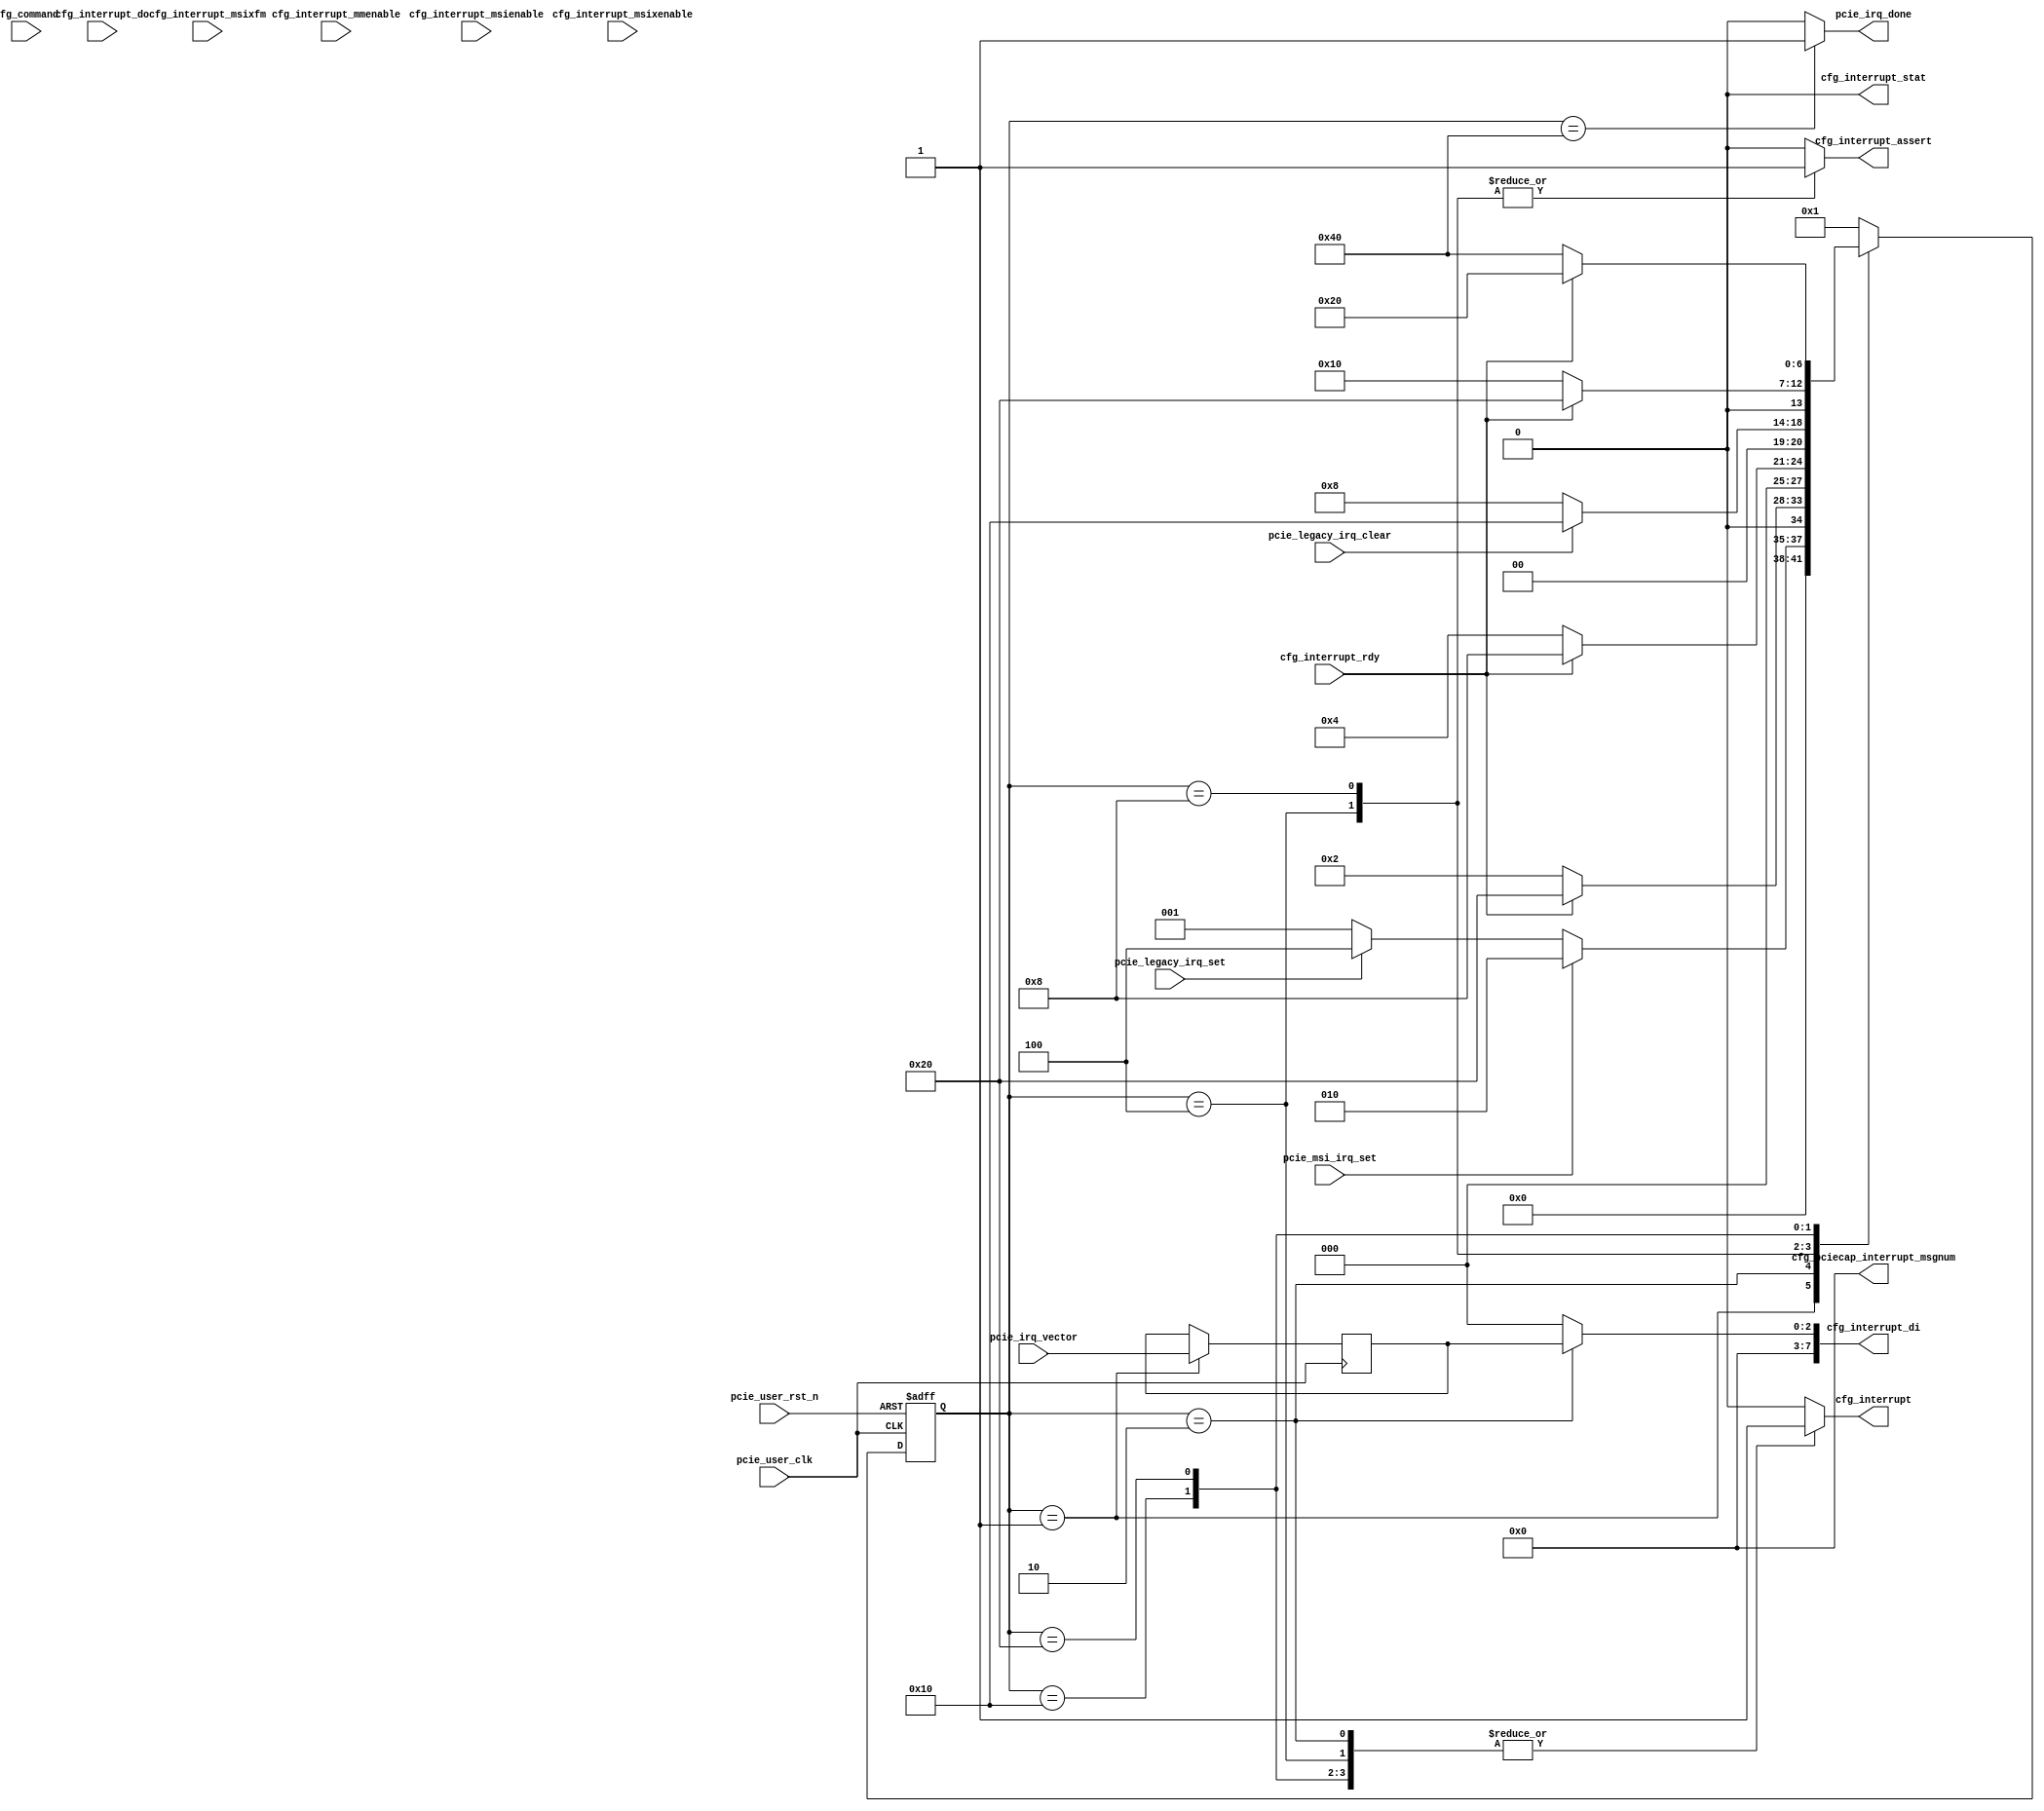

/*
----------------------------------------------------------------------------------
Copyright (c) 2013-2014

  Embedded and Network Computing Lab.
  Open SSD Project
  Hanyang University

All rights reserved.

----------------------------------------------------------------------------------

Redistribution and use in source and binary forms, with or without
modification, are permitted provided that the following conditions are
met:

  1. Redistributions of source code must retain the above copyright
     notice, this list of conditions and the following disclaimer.

  2. Redistributions in binary form must reproduce the above copyright
     notice, this list of conditions and the following disclaimer in the
     documentation and/or other materials provided with the distribution.

  3. All advertising materials mentioning features or use of this source code
     must display the following acknowledgement:
     This product includes source code developed 
     by the Embedded and Network Computing Lab. and the Open SSD Project.

THIS SOFTWARE IS PROVIDED BY THE COPYRIGHT HOLDERS AND CONTRIBUTORS "AS IS" AND
ANY EXPRESS OR IMPLIED WARRANTIES, INCLUDING, BUT NOT LIMITED TO, THE IMPLIED
WARRANTIES OF MERCHANTABILITY AND FITNESS FOR A PARTICULAR PURPOSE ARE
DISCLAIMED. IN NO EVENT SHALL THE COPYRIGHT OWNER OR CONTRIBUTORS BE LIABLE FOR
ANY DIRECT, INDIRECT, INCIDENTAL, SPECIAL, EXEMPLARY, OR CONSEQUENTIAL DAMAGES
(INCLUDING, BUT NOT LIMITED TO, PROCUREMENT OF SUBSTITUTE GOODS OR SERVICES;
LOSS OF USE, DATA, OR PROFITS; OR BUSINESS INTERRUPTION) HOWEVER CAUSED AND
ON ANY THEORY OF LIABILITY, WHETHER IN CONTRACT, STRICT LIABILITY, OR TORT
(INCLUDING NEGLIGENCE OR OTHERWISE) ARISING IN ANY WAY OUT OF THE USE OF THIS
SOFTWARE, EVEN IF ADVISED OF THE POSSIBILITY OF SUCH DAMAGE.

----------------------------------------------------------------------------------

http://enclab.hanyang.ac.kr/
http://www.openssd-project.org/
http://www.hanyang.ac.kr/

----------------------------------------------------------------------------------
*/


`timescale 1ns / 1ps

module pcie_irq_gen # (
	parameter	C_PCIE_DATA_WIDTH			= 128,
	parameter	C_PCIE_ADDR_WIDTH			= 36
)
(
	input									pcie_user_clk,
	input									pcie_user_rst_n,

	input	[15:0]							cfg_command,
	output									cfg_interrupt,
	input									cfg_interrupt_rdy,
	output									cfg_interrupt_assert,
	output	[7:0]							cfg_interrupt_di,
	input	[7:0]							cfg_interrupt_do,
	input	[2:0]							cfg_interrupt_mmenable,
	input									cfg_interrupt_msienable,
	input									cfg_interrupt_msixenable,
	input									cfg_interrupt_msixfm,
	output									cfg_interrupt_stat,
	output	[4:0]							cfg_pciecap_interrupt_msgnum,

	input									pcie_legacy_irq_set,
	input									pcie_msi_irq_set,
	input	[2:0]							pcie_irq_vector,
	input									pcie_legacy_irq_clear,
	output									pcie_irq_done
);

localparam	S_IDLE							= 7'b0000001;
localparam	S_SEND_MSI						= 7'b0000010;
localparam	S_LEGACY_ASSERT					= 7'b0000100;
localparam	S_LEGACY_ASSERT_HOLD			= 7'b0001000;
localparam	S_LEGACY_DEASSERT				= 7'b0010000;
localparam	S_WAIT_RDY_N					= 7'b0100000;
localparam	S_IRQ_DONE						= 7'b1000000;



reg		[6:0]								cur_state;
reg		[6:0]								next_state;

reg											r_cfg_interrupt;
reg											r_cfg_interrupt_assert;
reg		[7:0]								r_cfg_interrupt_di;

reg		[2:0]								r_pcie_irq_vector;
reg											r_pcie_irq_done;

assign cfg_interrupt = r_cfg_interrupt;
assign cfg_interrupt_assert = r_cfg_interrupt_assert;
assign cfg_interrupt_di = r_cfg_interrupt_di;

assign cfg_interrupt_stat = 1'b0;
assign cfg_pciecap_interrupt_msgnum = 5'b0;

assign pcie_irq_done = r_pcie_irq_done;

always @ (posedge pcie_user_clk or negedge pcie_user_rst_n)
begin
	if(pcie_user_rst_n == 0)
		cur_state <= S_IDLE;
	else
		cur_state <= next_state;
end

always @ (*)
begin
	case(cur_state)
		S_IDLE: begin
			if(pcie_msi_irq_set == 1)
				next_state <= S_SEND_MSI;
			else if(pcie_legacy_irq_set == 1)
				next_state <= S_LEGACY_ASSERT;
			else
				next_state <= S_IDLE;
		end
		S_SEND_MSI: begin
			if(cfg_interrupt_rdy == 1)
				next_state <= S_WAIT_RDY_N;
			else
				next_state <= S_SEND_MSI;
		end
		S_LEGACY_ASSERT: begin
			if(cfg_interrupt_rdy == 1)
				next_state <= S_LEGACY_ASSERT_HOLD;
			else
				next_state <= S_LEGACY_ASSERT;
		end
		S_LEGACY_ASSERT_HOLD: begin
			if(pcie_legacy_irq_clear == 1)
				next_state <= S_LEGACY_DEASSERT;
			else
				next_state <= S_LEGACY_ASSERT_HOLD;
		end
		S_LEGACY_DEASSERT: begin
			if(cfg_interrupt_rdy == 1)
				next_state <= S_WAIT_RDY_N;
			else
				next_state <= S_LEGACY_DEASSERT;
		end
		S_WAIT_RDY_N: begin
			if(cfg_interrupt_rdy == 0)
				next_state <= S_IRQ_DONE;
			else
				next_state <= S_WAIT_RDY_N;
		end
		S_IRQ_DONE: begin
			next_state <= S_IDLE;
		end
		default: begin
			next_state <= S_IDLE;
		end
	endcase
end


always @ (posedge pcie_user_clk)
begin
	case(cur_state)
		S_IDLE: begin
			r_pcie_irq_vector <= pcie_irq_vector;
		end
		S_SEND_MSI: begin

		end
		S_LEGACY_ASSERT: begin

		end
		S_LEGACY_ASSERT_HOLD: begin

		end
		S_LEGACY_DEASSERT: begin

		end
		S_WAIT_RDY_N: begin

		end
		S_IRQ_DONE: begin

		end
		default: begin

		end
	endcase
end

always @ (*)
begin
	case(cur_state)
		S_IDLE: begin
			r_cfg_interrupt <= 0;
			r_cfg_interrupt_assert <= 0;
			r_cfg_interrupt_di <= 0;
			r_pcie_irq_done <= 0;
		end
		S_SEND_MSI: begin
			r_cfg_interrupt <= 1;
			r_cfg_interrupt_assert <= 0;
			r_cfg_interrupt_di <= {5'b0, r_pcie_irq_vector};
			r_pcie_irq_done <= 0;
		end
		S_LEGACY_ASSERT: begin
			r_cfg_interrupt <= 1;
			r_cfg_interrupt_assert <= 1;
			r_cfg_interrupt_di <= 0;
			r_pcie_irq_done <= 0;
		end
		S_LEGACY_ASSERT_HOLD: begin
			r_cfg_interrupt <= 0;
			r_cfg_interrupt_assert <= 1;
			r_cfg_interrupt_di <= 0;
			r_pcie_irq_done <= 0;
		end
		S_LEGACY_DEASSERT: begin
			r_cfg_interrupt <= 1;
			r_cfg_interrupt_assert <= 0;
			r_cfg_interrupt_di <= 0;
			r_pcie_irq_done <= 0;
		end
		S_WAIT_RDY_N: begin
			r_cfg_interrupt <= 1;
			r_cfg_interrupt_assert <= 0;
			r_cfg_interrupt_di <= 0;
			r_pcie_irq_done <= 0;
		end
		S_IRQ_DONE: begin
			r_cfg_interrupt <= 0;
			r_cfg_interrupt_assert <= 0;
			r_cfg_interrupt_di <= 0;
			r_pcie_irq_done <= 1;
		end
		default: begin
			r_cfg_interrupt <= 0;
			r_cfg_interrupt_assert <= 0;
			r_cfg_interrupt_di <= 0;
			r_pcie_irq_done <= 0;
		end
	endcase
end

endmodule